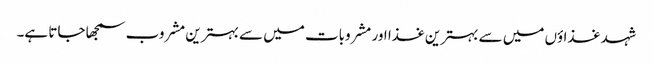
شہد غذاؤں میں سے بہترین غذا اور مشروبات میں سے بہترین مشروب سمجھا جاتا ہے۔